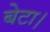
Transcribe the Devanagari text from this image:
बेटा।